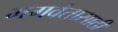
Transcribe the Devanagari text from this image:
भगवंतासाठी